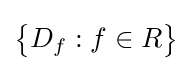
{\big \{}D_{f}:f\in R{\big \}}